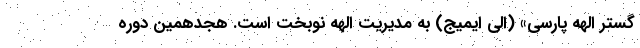
گستر الهه پارسی» (الی ایمیج) به مدیریت الهه نوبخت است. هجدهمین دوره